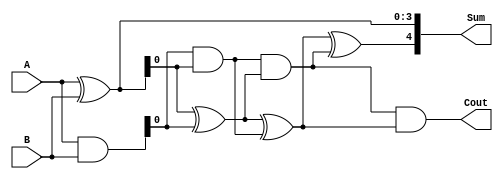
module kogge_stone_adder(
  input [3:0] A,
  input [3:0] B,
  output [4:0] Sum,
  output Cout
);

wire [3:0] P, G;
wire [4:0] C;

assign P = A ^ B;
assign G = A & B;

assign Sum[0] = P[0];
assign C[0] = G[0];

genvar i;
generate
  for (i = 1; i < 4; i = i + 1) begin : level
    assign P[i] = P[i-1] ^ G[i-1];
    assign G[i] = G[i-1] & P[i-1];
    
    assign Sum[i] = P[i];
    assign C[i] = G[i];
  end
endgenerate

assign Sum[4] = P[3];
assign Cout = G[3];

endmodule